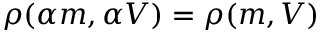
\rho ( \alpha m , \alpha V ) = \rho ( m , V )